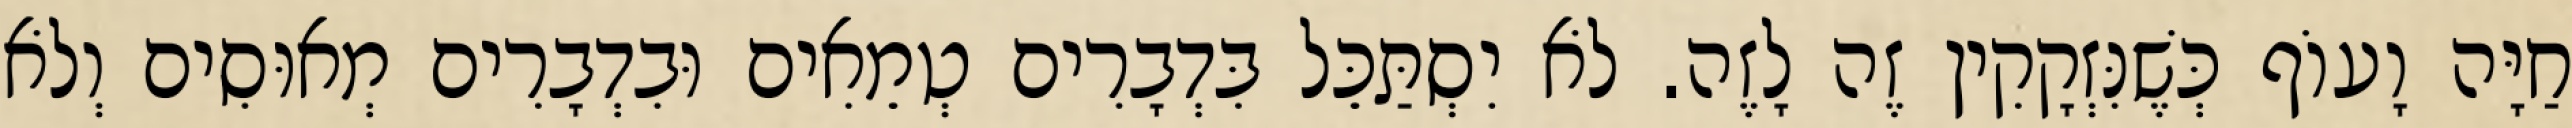
חַיָּה וָעוֹף כְּשֶׁנִּזְקָקִין זֶה לָזֶה. לֹא יִסְתַּכֵּל בִּדְבָרִים טְמֵאִים וּבִדְבָרִים מְאוּסִים וְלֹא